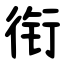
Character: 衔